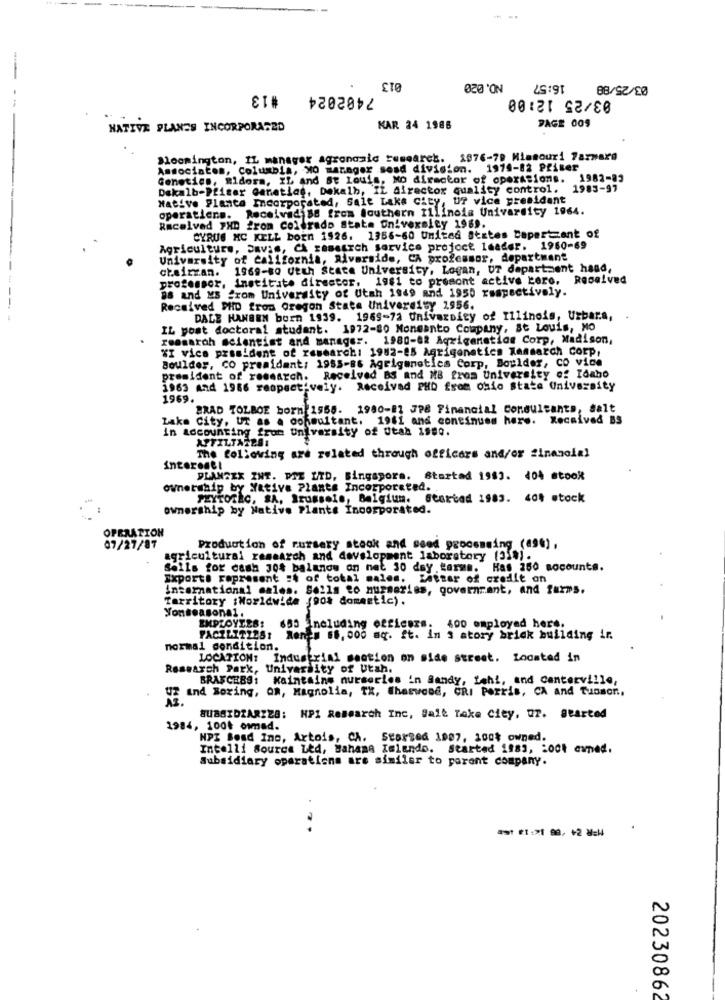
16:57
03/25/89
#13
7402024
ETe
03/25 12:00
--
PAGE 009
NATIVE PLANES INCORPORASZO
KAR 24 1986
Bloomington, IL manager agrongald research. 1976-79 Missouri 7azware
Associates, Columbia, MO manager send division. 1974-82 Pfiter
Genetics, Ridora, IL and St Louis, Mo director of operations. 1982-83
Dekalb-Pfizer Ganetlas, Dekalb, IL director quality control. 1983-97
Native Planta Incorporated, Salt Lake City, UT vice president
Received 88 from Southern Illinois University 1964.
operatiena.
Racelved PHD from Colorado State University 1969.
CYRUS MC KELL born 1926. 1356-60 United States bapercent of
Agriculture, Savis, CA research service project leader. 1960-69
University of California, Riverside, CA professor, department
1969-80 Ueth State University, Logan, UT department hand,
professor, institute director. 1981 to prosont active Loro. Received
chairran.
as and MS from University of Utah 1949 and 1950 respectively.
Received PHD from Oregon State University 1956.
DALE HANSEN born 1939. 1969-72 University of Illinois, Uzbara,
IL post doctoral student. 1972-80 Monsanto Company, St Louis, MO
ressaroh scientist and manager. 1980-62 Aqxiganation Corp, Madison,
XI vice president of research: 1982-25 Agrigenetics Ramsarch Corp,
Boulder, CO preaidant: 1983-86 Agrigenetics Corp, Boulder, CO vice
president of research. Received BS and MB from University of Idaho
1963 and 1986 respectively. Received PHD from ohio state University
1969.
BRAD TOLBOE born 1556. 1980-81 JP8 Financial Consultants, salt
Lake City, UT as a consultant. 1961 and continues here. Received BS
in accounting from University of Utah 1980.
APFILTA2281
The following are related through officers and/or financial
Interest!
PLANSEX INT. PTE LTD, Singapore. Startad 1983. 404 stook
ownership by Native Plants Incorporated ..
PHYTOTEC, SA, Brussels, Belgium. Startad 1983. 404 stock
ownership by Native Plants Incorporated.
OPERATION
07/27/87
Production of nursery stock and seed procsmming (49%),
agricultural research and development laboratory (31%).
Sells for cash 30% balanow on net 30 day tarms. Has 250 socounts.
Export. Fopresent :t of total males. Letter of credit on
International sales. Sells to nurseries, governrant, and farms.
Territory :Worldwide (90% domestic).
Yonseasonal.
655 Including officers. 400 employed hers.
FACILITIES: Rences 68, 000 sq. ft. In 3 atory brick building ir.
normal condition.
LOCATION: Industrial section on side street. Located in
Research Park, University of Utah.
BRANCHBS: Maintains nurseries in Sandy, fehl, and Canterville,
and Boring, OR, Magnolia, TX, Whatwene, CRI Perris, CA and Tuason,
SUBSIDIARZZA: HP1 Research Inc, Salt Take City, u2. Started
1984, 100k ommed.
NPI Boad Ine, Artois, CA. Started 1907, 100% owned.
Intelli Source Led, Bahama Ielando. Started 1983, 200t owned.
Subsidiary operations are similar to parent company.
20230862